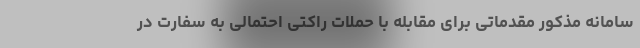
سامانه مذکور مقدماتی برای مقابله با حملات راکتی احتمالی به سفارت در